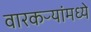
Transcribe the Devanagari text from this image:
वारकऱ्यांमध्ये